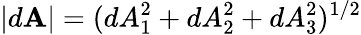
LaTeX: |d\textbf{A}|=(dA_{1}^{2}+dA_{2}^{2}+dA_{3}^{2})^{1/2}